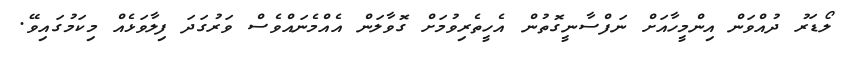
ލޯޑަރު ދުއްވަން އިންމީހާއަށް ނަފްސާނީގޮތުން އެހީތެރިވުމަށް ގޮވާލަން އެއްމެނައްވެސް ވަރުގަދަ ފިލާވަޅެއް މިކަމުގައިވޭ.